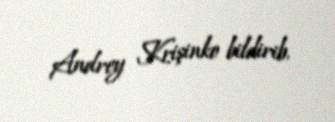
Andrey Krişinko bildirib.